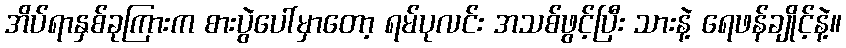
အိပ်ရာနှစ်ခုကြားက စားပွဲပေါ်မှာတော့ ရမ်ပုလင်း အသစ်ဖွင့်ပြီး သားနဲ့ ရေဖန်ချိုင့်နဲ့။